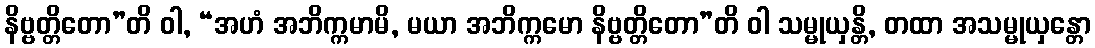
နိဗ္ဗတ္တိတော”တိ ဝါ, “အဟံ အဘိက္ကမာမိ, မယာ အဘိက္ကမော နိဗ္ဗတ္တိတော”တိ ဝါ သမ္မုယှန္တိ, တထာ အသမ္မုယှန္တော